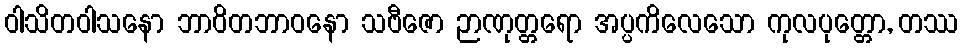
ဝါသိတဝါသနော ဘာဝိတဘာဝနော သဗီဇော ဉာဏုတ္တရော အပ္ပကိလေသော ကုလပုတ္တော, တဿ